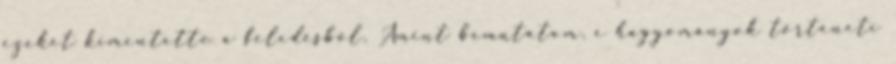
ezeket kimentette a feledésből. Amint bemutatom, e hagyományok történeti